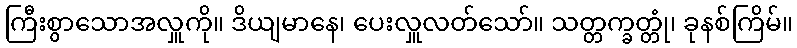
ကြီးစွာသောအလှူကို။ ဒိယျမာနေ၊ ပေးလှူလတ်သော်။ သတ္တက္ခတ္တုံ၊ ခုနစ်ကြိမ်။